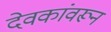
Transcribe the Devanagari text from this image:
देवकांवरून